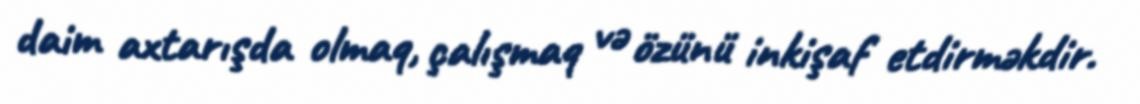
daim axtarışda olmaq, çalışmaq və özünü inkişaf etdirməkdir.